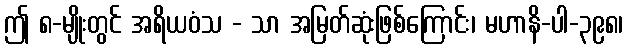
ဤ ၈-မျိုးတွင် အရိယဝံသ - သာ အမြတ်ဆုံးဖြစ်ကြောင်း၊ မဟာနိ-ပါ-၃၉၈၊